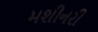
મશીનરી